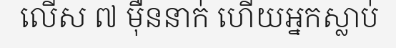
លើស ៧ ម៉ឺននាក់ ហើយអ្នកស្លាប់